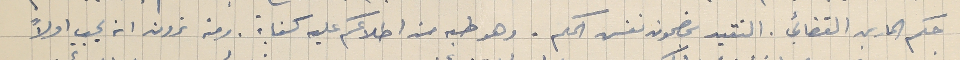
حكم الحارس القضائي. التقيد بمضمون نفس الحكم. وهو طيه من اطلاعكم عليه كفاية . ومنه ترون انه يجب اولاً